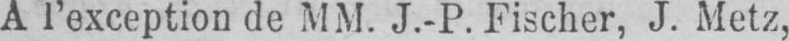
A l’exception de MM. J.-P. Fischer, J. Metz,